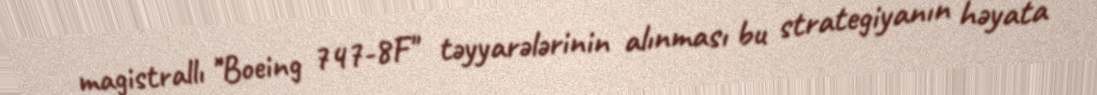
magistrallı "Boeing 747-8F" təyyarələrinin alınması bu strategiyanın həyata